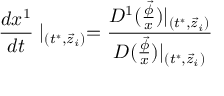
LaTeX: \frac { d x ^ { 1 } } { d t } \mid _ { ( t ^ { * } , \vec { z } _ { i } ) } = \frac { D ^ { 1 } ( \frac { \vec { \phi } } x ) | _ { ( t ^ { * } , \vec { z } _ { i } ) } } { D ( \frac { \vec { \phi } } x ) | _ { ( t ^ { * } , \vec { z } _ { i } ) } }